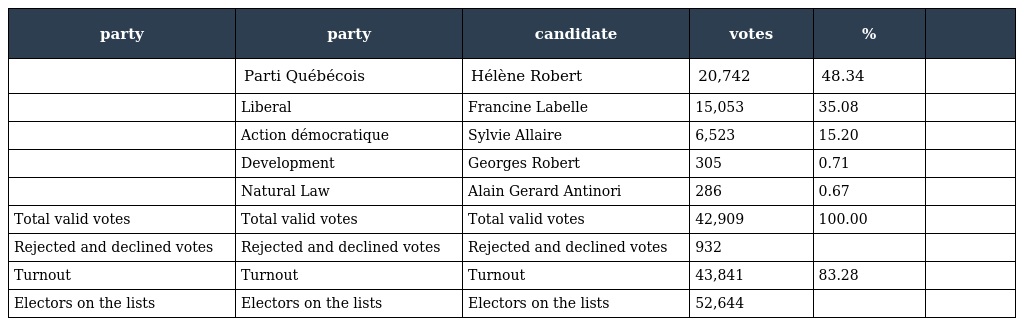
| party | party | candidate | votes | % |  |
 | --- | --- | --- | --- | --- | --- |
 |  | Parti Québécois | Hélène Robert | 20,742 | 48.34 |  |
 |  | Liberal | Francine Labelle | 15,053 | 35.08 |  |
 |  | Action démocratique | Sylvie Allaire | 6,523 | 15.20 |  |
 |  | Development | Georges Robert | 305 | 0.71 |  |
 |  | Natural Law | Alain Gerard Antinori | 286 | 0.67 |  |
 | Total valid votes | Total valid votes | Total valid votes | 42,909 | 100.00 |  |
 | Rejected and declined votes | Rejected and declined votes | Rejected and declined votes | 932 |  |  |
 | Turnout | Turnout | Turnout | 43,841 | 83.28 |  |
 | Electors on the lists | Electors on the lists | Electors on the lists | 52,644 |  |  |